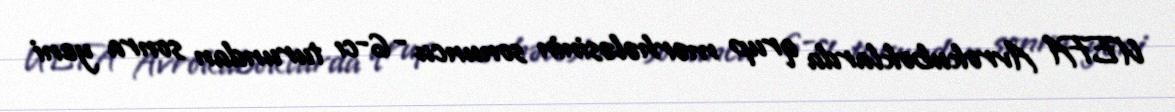
UEFA Avrokuboklarda qrup mərhələsinin sonuncu - 6-cı turundan sonra yeni